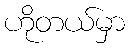
ဟိုတယ်မှာ